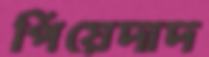
পিয়েদাদ